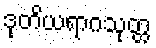
ဒုတိယရာဂသုတ္တ